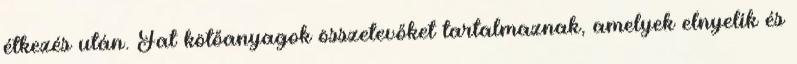
étkezés után. Fat kötőanyagok összetevőket tartalmaznak, amelyek elnyelik és